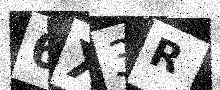
Text: 6X3R